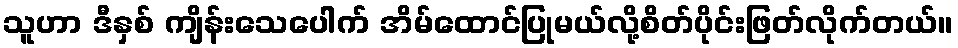
သူဟာ ဒီနှစ် ကျိန်းသေပေါက် အိမ်ထောင်ပြုမယ်လို့စိတ်ပိုင်းဖြတ်လိုက်တယ်။